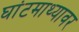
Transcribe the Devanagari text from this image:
घांटमाथ्यावर